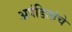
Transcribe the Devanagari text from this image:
अपंडितांचे